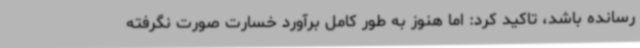
رسانده باشد، تاکید کرد: اما هنوز به طور کامل برآورد خسارت صورت نگرفته